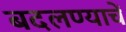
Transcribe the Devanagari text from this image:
बदलण्याचें